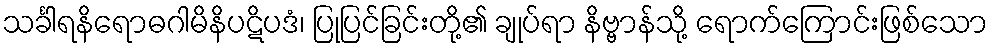
သင်္ခါရနိရောဓဂါမိနိပဋိပဒံ၊ ပြုပြင်ခြင်းတို့၏ ချုပ်ရာ နိဗ္ဗာန်သို့ ရောက်ကြောင်းဖြစ်သော